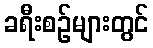
ခရီးစဉ်များတွင်